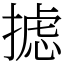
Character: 摅